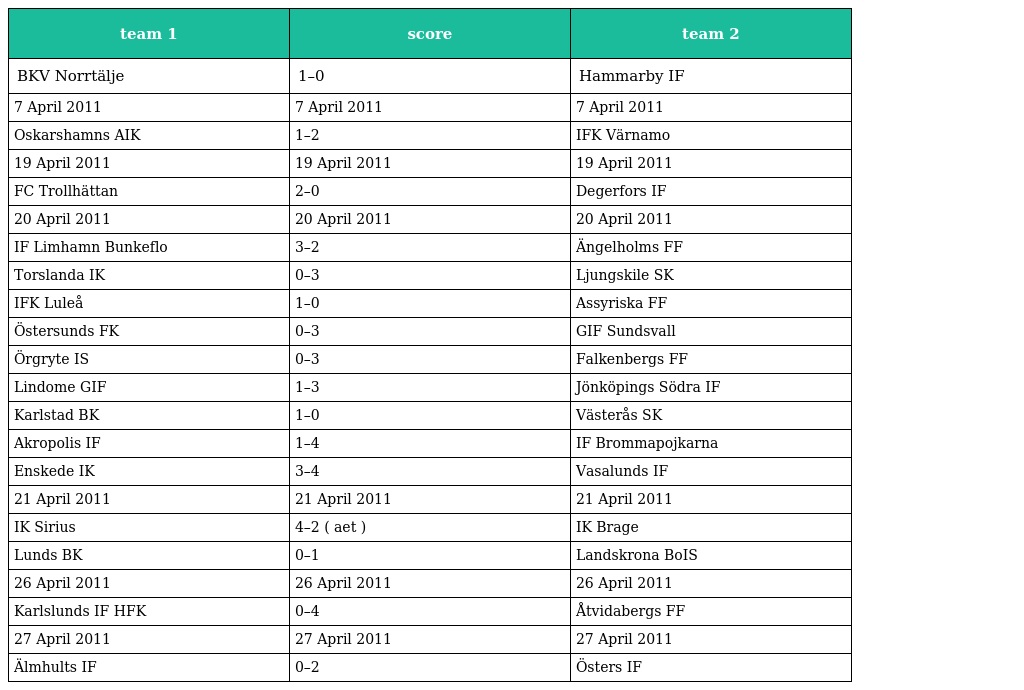
| team 1 | score | team 2 |
 | --- | --- | --- |
 | BKV Norrtälje | 1–0 | Hammarby IF |
 | 7 April 2011 | 7 April 2011 | 7 April 2011 |
 | Oskarshamns AIK | 1–2 | IFK Värnamo |
 | 19 April 2011 | 19 April 2011 | 19 April 2011 |
 | FC Trollhättan | 2–0 | Degerfors IF |
 | 20 April 2011 | 20 April 2011 | 20 April 2011 |
 | IF Limhamn Bunkeflo | 3–2 | Ängelholms FF |
 | Torslanda IK | 0–3 | Ljungskile SK |
 | IFK Luleå | 1–0 | Assyriska FF |
 | Östersunds FK | 0–3 | GIF Sundsvall |
 | Örgryte IS | 0–3 | Falkenbergs FF |
 | Lindome GIF | 1–3 | Jönköpings Södra IF |
 | Karlstad BK | 1–0 | Västerås SK |
 | Akropolis IF | 1–4 | IF Brommapojkarna |
 | Enskede IK | 3–4 | Vasalunds IF |
 | 21 April 2011 | 21 April 2011 | 21 April 2011 |
 | IK Sirius | 4–2 ( aet ) | IK Brage |
 | Lunds BK | 0–1 | Landskrona BoIS |
 | 26 April 2011 | 26 April 2011 | 26 April 2011 |
 | Karlslunds IF HFK | 0–4 | Åtvidabergs FF |
 | 27 April 2011 | 27 April 2011 | 27 April 2011 |
 | Älmhults IF | 0–2 | Östers IF |